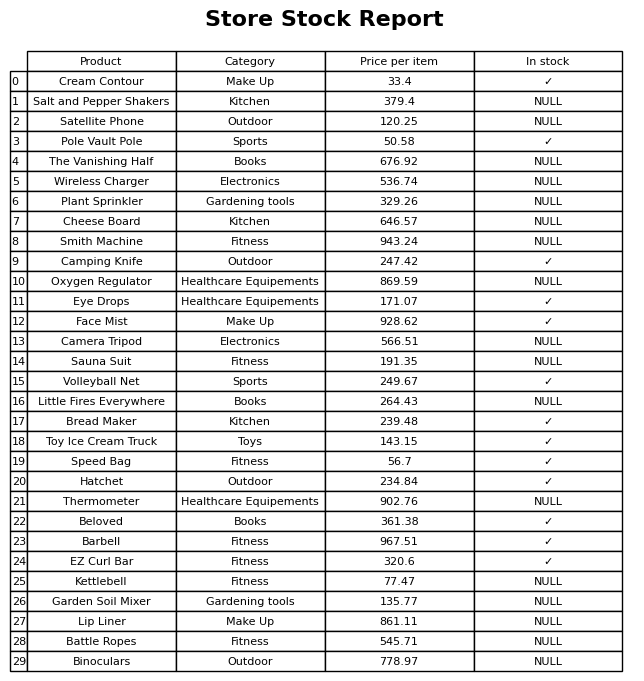
question: What is the price of the Camping Knife?
answer: The price of Camping Knife is 247.42.